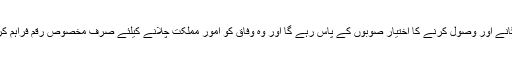
ٹیکس لگانے اور وصول کرنے کا اختیار صوبوں کے پاس رہے گا اور وہ وفاق کو امور مملکت چلانے کیلئے صرف مخصوص رقم فراہم کریں گے۔